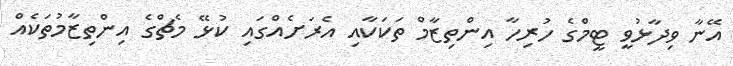
އޭނާ ވިދާޅުވީ ޓީމްގެ ހުރިހާ އިންތިޒާމް ތަކަކާއި އެރަށެއްގައި ކުޅޭ މެޗްގެ އިންތިޒާމުތަކެއް